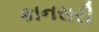
કાનસરી